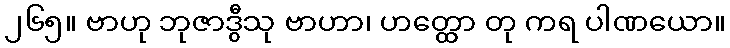
၂၆၅။ ဗာဟု ဘုဇာဒွီသု ဗာဟာ၊ ဟတ္ထော တု ကရ ပါဏယော။